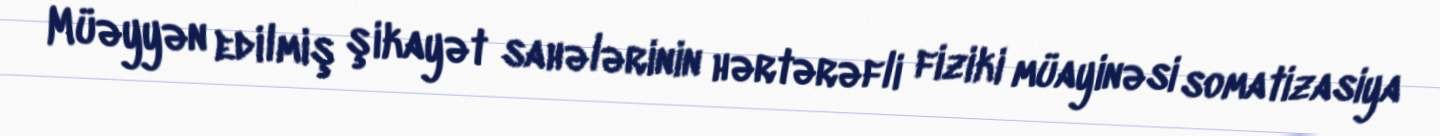
Müəyyən edilmiş şikayət sahələrinin hərtərəfli fiziki müayinəsi somatizasiya